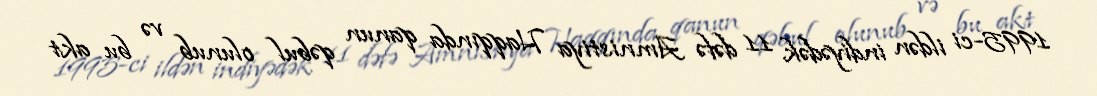
1995-ci ildən indiyədək 11 dəfə Amnistiya Haqqında qanun qəbul olunub və bu akt